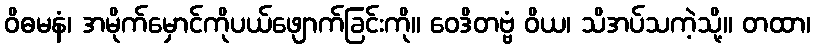
ဝိဓမနံ၊ အမိုက်မှောင်ကိုပယ်ဖျောက်ခြင်းကို။ ဝေဒိတဗ္ဗံ ဝိယ၊ သိအပ်သကဲ့သို့။ တထာ၊